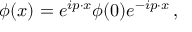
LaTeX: \phi ( x ) = e ^ { i p \cdot x } \phi ( 0 ) e ^ { - i p \cdot x } \, ,